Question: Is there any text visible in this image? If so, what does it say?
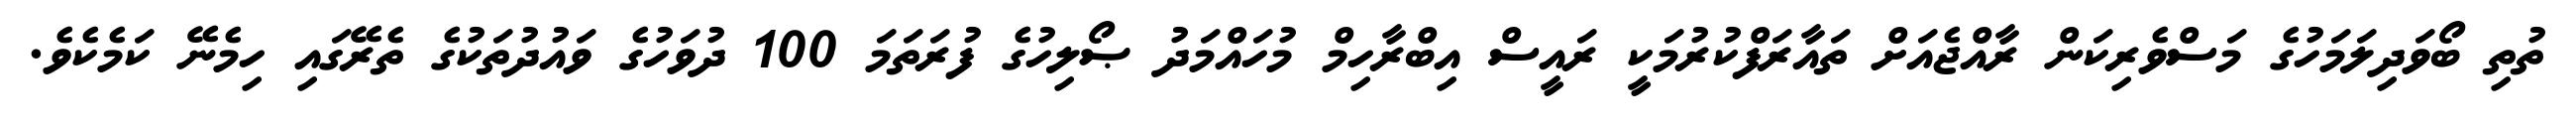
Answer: ތުތި ބޯވަދިލަމަހުގެ މަސްވެރިކަން ރާއްޖެއަށް ތައާރަފްކުރުމަކީ ރައީސް އިބްރާހިމް މުހައްމަދު ޞޯލިހުގެ ފުރަތަމަ 100 ދުވަހުގެ ވައުދުތަކުގެ ތެރޭގައި ހިމެނޭ ކަމެކެވެ.